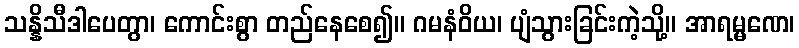
သန္နိသီဒါပေတွာ၊ ကောင်းစွာ တည်နေစေ၍။ ဂမနံဝိယ၊ ပျံသွားခြင်းကဲ့သို့။ အာရမ္မဏေ၊